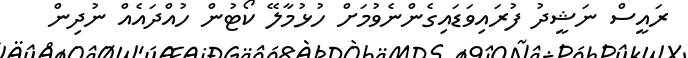
ރައީސް ނަޝީދު ފުރައިވަޑައިގެންނެވުމަށް ހުޅުމާލޭ ކޯޓުން ހުއްދައެއް ނުދިން